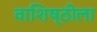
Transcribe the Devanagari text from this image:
वाशिष्ठीला